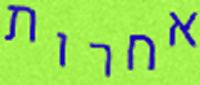
אחרות